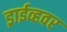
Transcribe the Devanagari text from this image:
ड्राईव्हवर